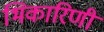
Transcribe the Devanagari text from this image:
भिकारिणी